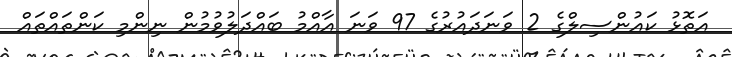
އަތޮޅު ކައުންސިލްގެ 2 ވަނަދައުރުގެ 97 ވަނަ އާއްމު ބައްދަލުވުމުން ނިންމި ކަންތައްތައް